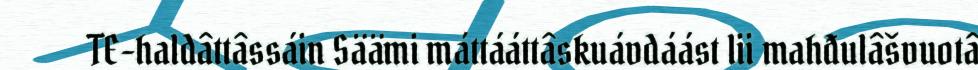
TE-haldâttâssáin Säämi máttááttâskuávdáást lii mahđulâšvuotâ